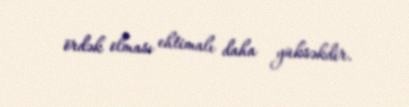
ördək olması ehtimalı daha yüksəkdir.